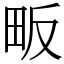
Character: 畈